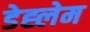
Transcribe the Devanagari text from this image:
डेह्लेम